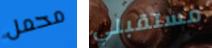
محمل مستقبلي